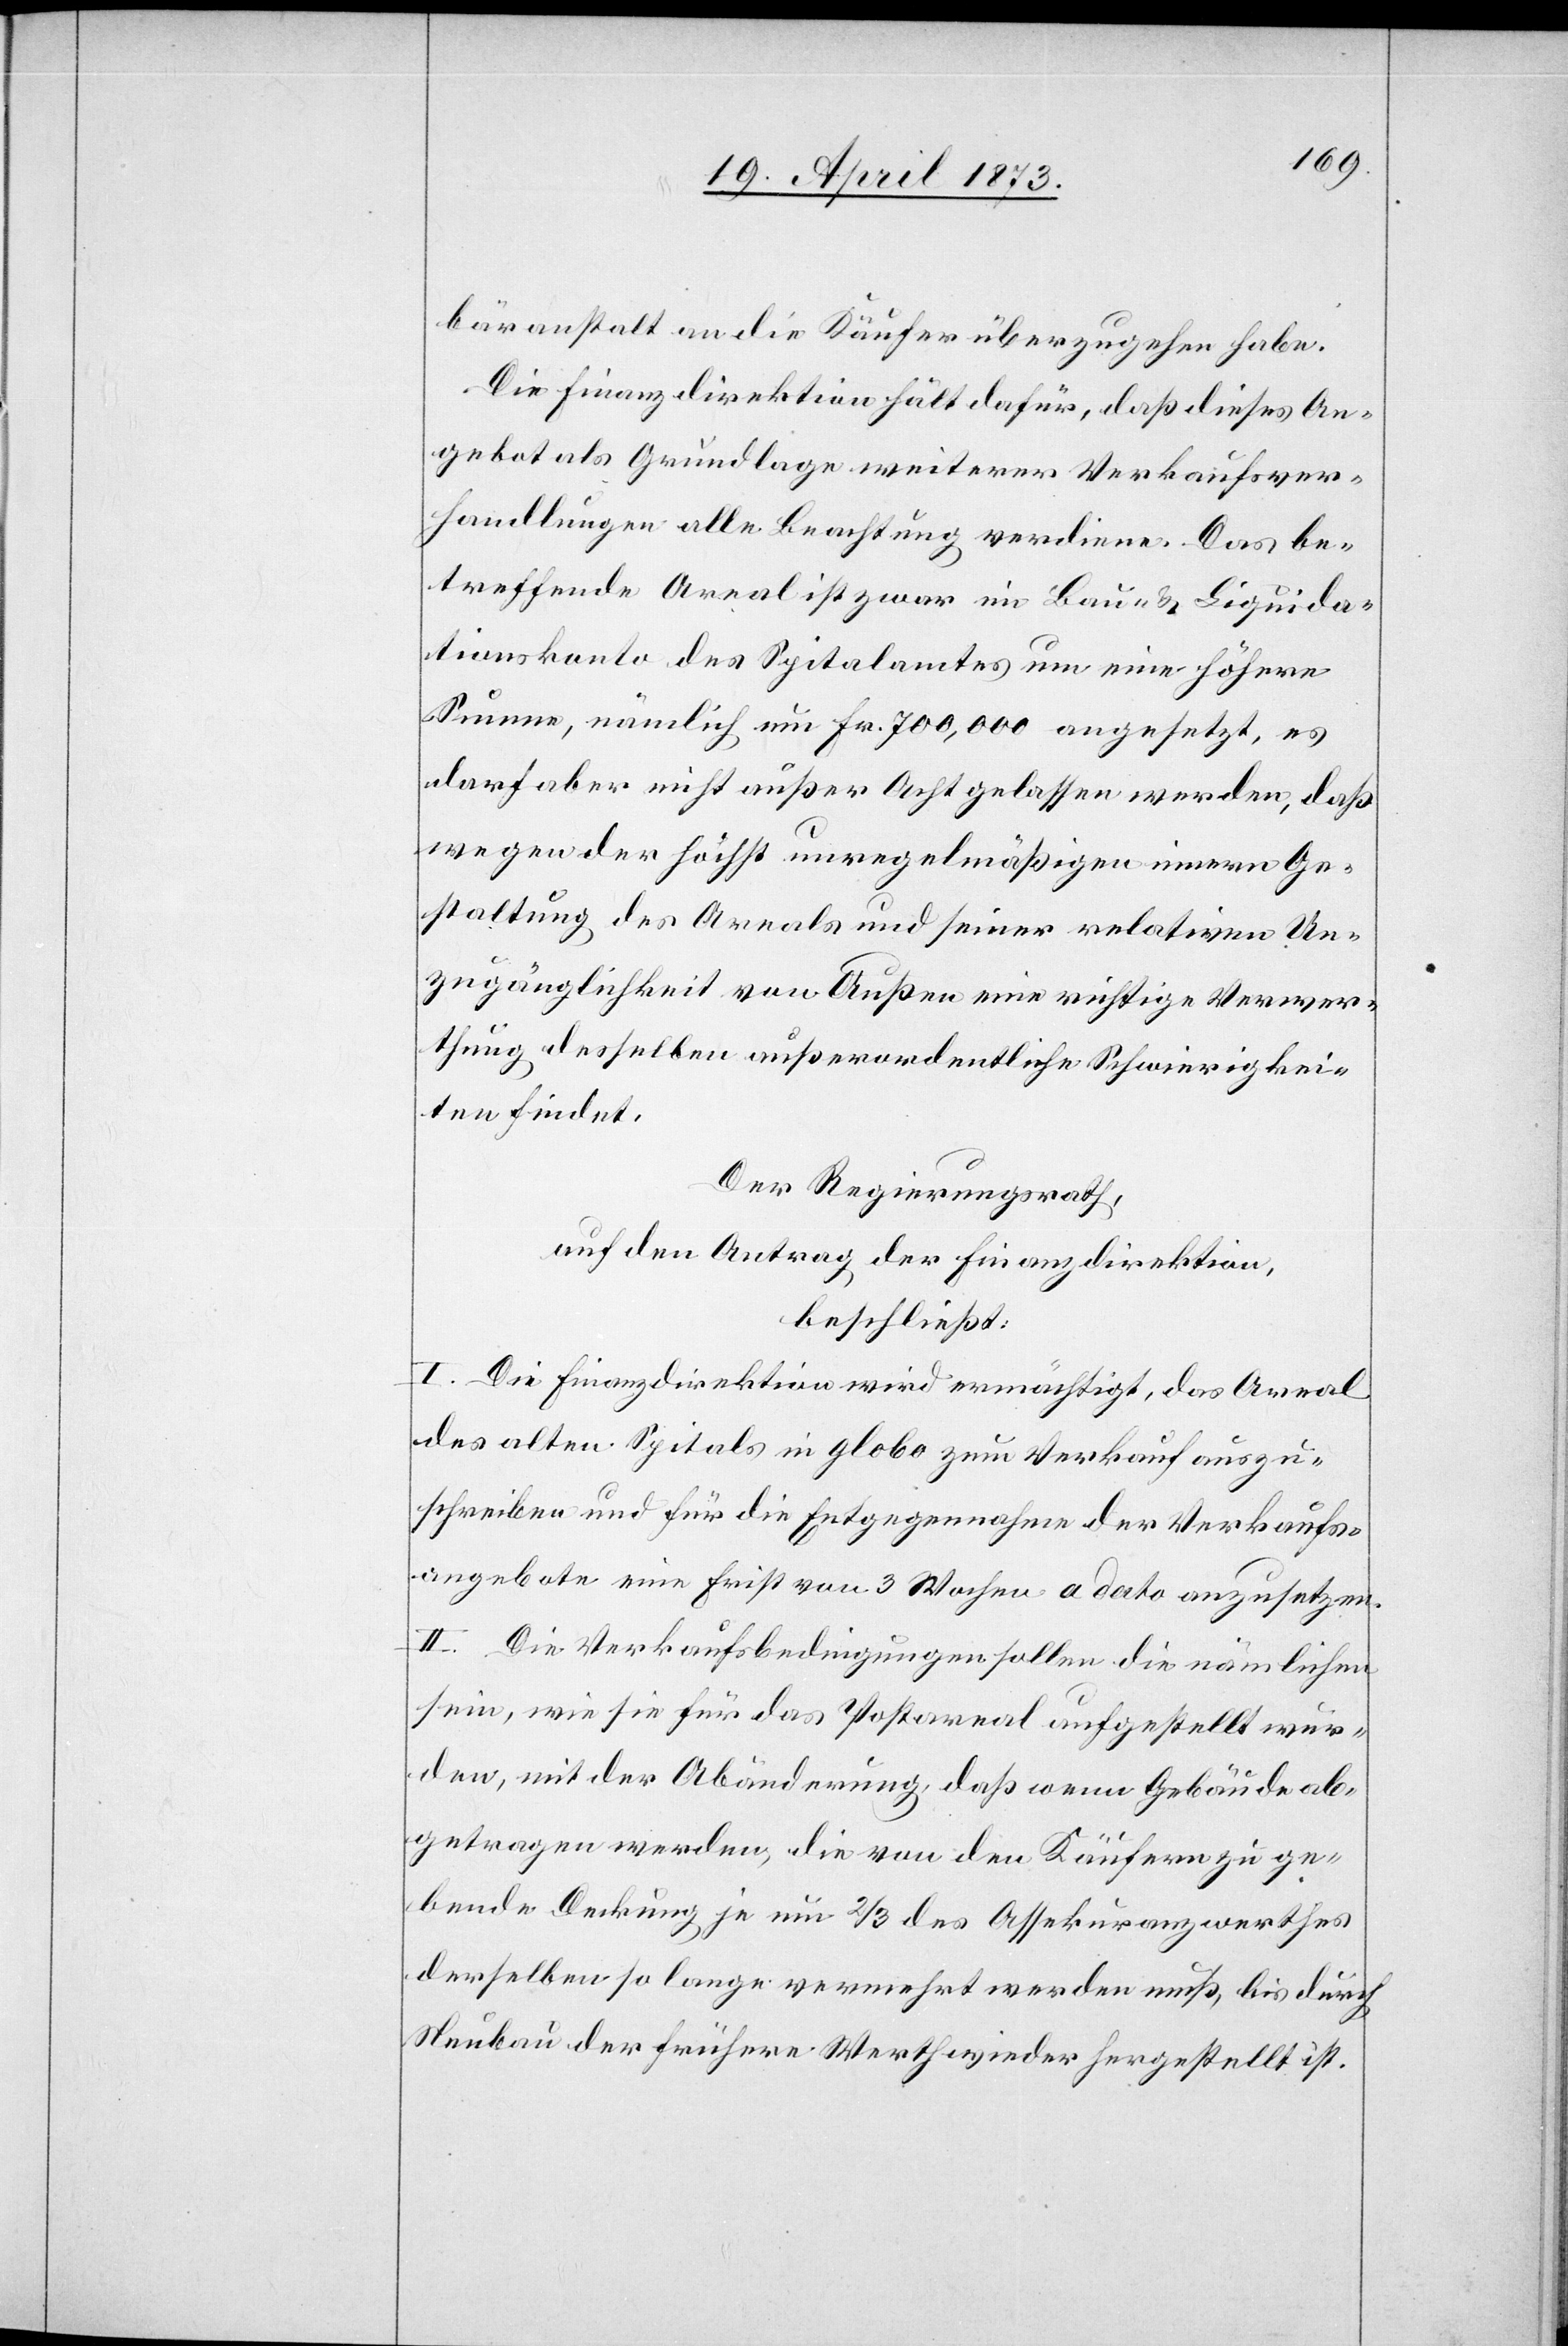
bäranstalt an die Käufer überzugehen habe.
Die Finanzdirektion hält dafür, daß dieses An¬
gebot als Grundlage weiterer Verkaufsver¬
handlungen alle Beachtung verdiene. Das be¬
treffende Areal ist zwar im Bau- & Liquida¬
tionskonto des Spitalamtes um eine höhere
Summe, nämlich um Fr. 700,000 angesetzt, es
darf aber nicht außer Acht gelassen werden, daß
wegen der höchst unregelmäßigen innern Ge¬
staltung des Areals und seiner relativen Un¬
zugänglichkeit von Außen eine richtige Verwer¬
thung desselben außerordentliche Schwierigkei¬
ten findet.
Der Regierungsrath,
auf den Antrag der Finanzdirektion,
beschließt:
I. Die Finanzdirektion wird ermächtigt, das Areal
des alten Spitals in globo zum Verkauf auszu¬
schreiben und für die Entgegennahme der Verkaufs¬
angebote eine Frist von 3 Wochen a dato anzusetzen.
II. Die Verkaufsbedingungen sollen die nämlichen
sein, wie sie für das Postareal aufgestellt wur¬
den, mit der Abänderung, daß wenn Gebäude ab¬
getragen werden, die von den Käufern zu ge¬
bende Deckung je um 2/3 des Assekuranzwerthes
derselben so lange vermehrt werden muß, bis durch
Neubau der frühere Werth wieder hergestellt ist.